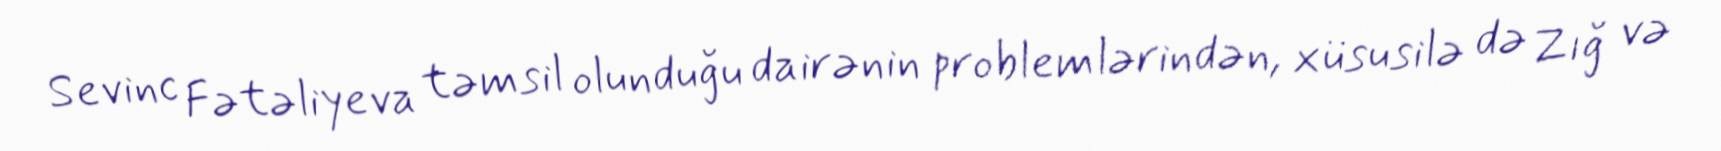
Sevinc Fətəliyeva təmsil olunduğu dairənin problemlərindən, xüsusilə də Zığ və